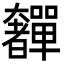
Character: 奲